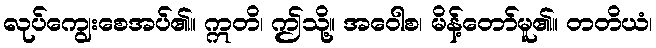
လုပ်ကျွေးစေအပ်၏။ ဣတိ၊ ဤသို့။ အဝေါစ၊ မိန့်တော်မူ၏။ တတိယံ၊